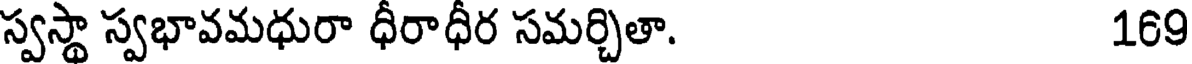
స్వస్థా స్వభావమధురా ధీరాధీర సమర్చితా. 169